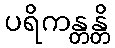
ပရိကန္တန္တိ